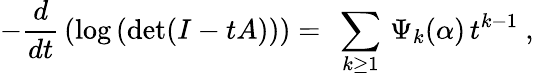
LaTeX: -{\frac{d}{dt}}\left(\mathrm{log}\left(\mathrm{det}(I-tA)\right)\right)=\ \sum_{k\geq 1}\, \Psi_{k}({\mathbf\alpha})\, t^{k-1}\ ,